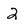
Character: 2